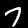
Digit: 7